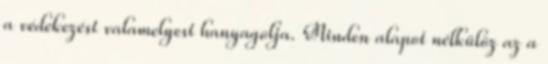
a védekezést valamelyest hanyagolja. Minden alapot nélkülöz az a